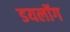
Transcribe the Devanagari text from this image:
डयलॉग